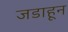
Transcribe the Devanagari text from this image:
जडाहून